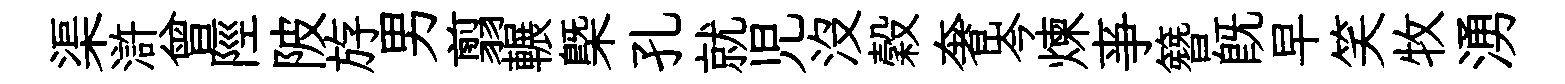
渠滸曾陘陂斿男翦輾槩孔就児没穀奢岑煉亊簪既早笑牧湧